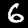
Digit: 6